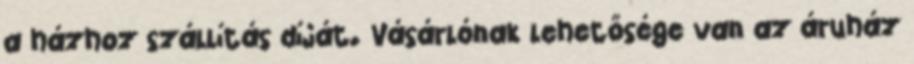
a házhoz szállítás díját. Vásárlónak lehetősége van az áruház